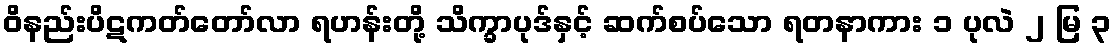
ဝိနည်းပိဋကတ်တော်လာ ရဟန်းတို့ သိက္ခာပုဒ်နှင့် ဆက်စပ်သော ရတနာကား ၁ ပုလဲ ၂ မြ ၃